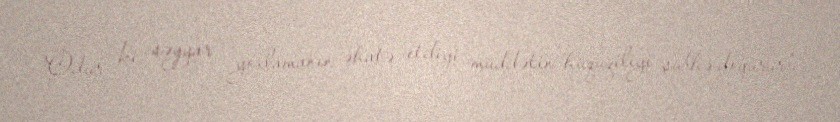
Odur ki, səyyar yoxlamanın əhatə etdiyi müddətin hüquqiliyi şübhə doğurur”.